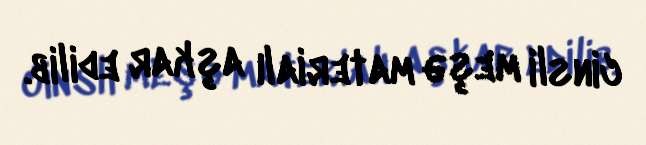
cinsli meşə materialı aşkar edilib.